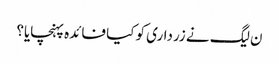
ن لیگ نے زرداری کو کیا فائدہ پہنچایا؟